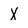
Character: X